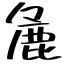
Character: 麁